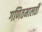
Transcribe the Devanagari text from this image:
गणितमालती